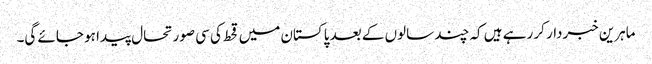
ماہرین خبردار کر رہے ہیں کہ چند سالوں کے بعد پاکستان میں قحط کی سی صورتحال پیدا ہو جائے گی۔